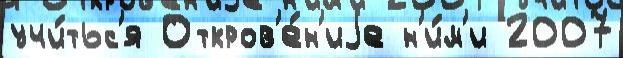
учи́тьс'я Откров'е́н'иjе н'и́м'и 2007